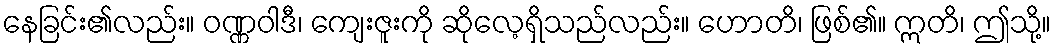
နေခြင်း၏လည်း။ ဝဏ္ဏဝါဒီ၊ ကျေးဇူးကို ဆိုလေ့ရှိသည်လည်း။ ဟောတိ၊ ဖြစ်၏။ ဣတိ၊ ဤသို့။